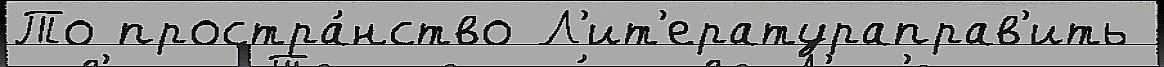
То простра́нство Л'ит'ератураправ'ить